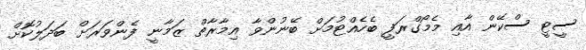
ސީޓީ ސްކޭން އާއި މެމޯގްރަފީ ބެހެއްޓުމަށް ބޭނުންވާ އިމާރާތް ޒަމާނީ ފެންވަރަށް ބަދަލުކޮށް